Lunatic asylums Central Provinces reports 1910-1926 - 1910-1926
Year: 1910
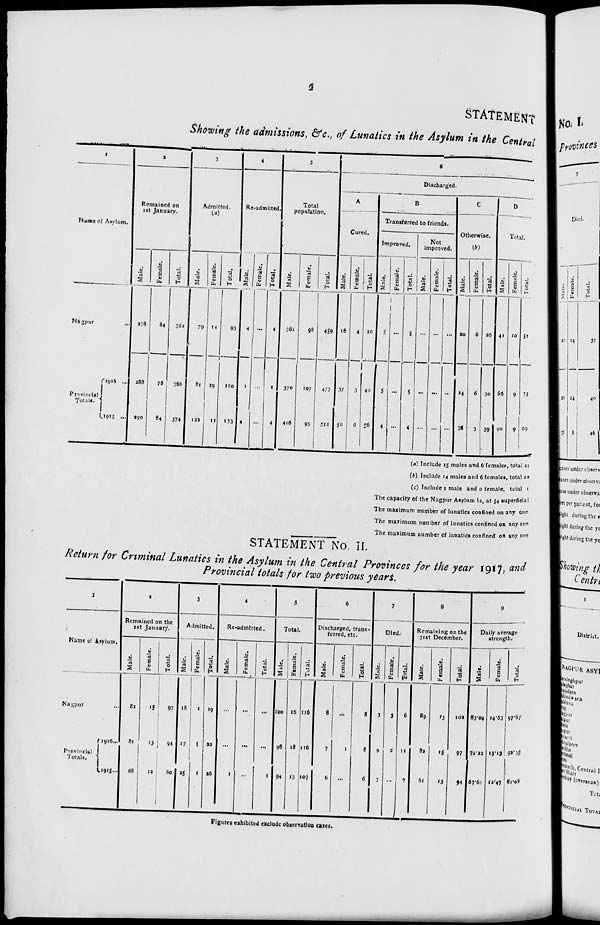
2
STATEMENT
Showing the admissions, &c., of Lunatics in the Asylum in the Central
1
Name of Asylum.
Nagpur
...
Provincial
Totals.
1916 ...
1915 ...
2
Remained on
1st January.
Male.
278
288
290
Female.
84
78
84
Total.
362
366
374
3
Admitted.
(a)
Male.
79
81
122
Female.
14
29
11
Total.
93
110
133
4
Re-admitted.
Male.
4
1
4
Female.
...
...
...
Total.
4
1
4
5
Total
population.
Male.
361
370
416
Female.
98
107
95
Total.
459
477
511
6
Discharged.
A
Cured.
Male.
16
37
50
Female.
4
3
6
Total.
20
40
56
B
Transferred to friends.
Improved.
Male.
5
5
4
Female.
...
...
...
Total.
5
5
4
Not
improved.
Male.
...
...
...
Female.
...
...
...
Total.
...
...
...
C
Otherwise.
(b)
Male.
20
24
36
Female.
6
6
3
Total.
26
30
39
D
Total.
Male.
41
66
90
Female.
10
9
9
Total.
51
75
99
(a) Include 15 males and 6 females, total 21
(b) Include 14 males and 6 females, total 20
(c) Include 1 male and 0 female, total 1
The capacity of the Nagpur Asylum is, at 54 superficial
The maximum number of lunatics confined on any one
The maximum number of lunatics confined on any one
The maximum number of lunatics confined on any one
STATEMENT No. II.
Return for Criminal Lunatics in the Asylum in the Central Provinces for the year 1917, and
Provincial totals for two previous years.
1
Name of Asylum.
Nagpur ...
Provincial
Totals.
1916 ...
1915 ...
2
Remained on the
1st January.
Male.
82
81
68
Female.
15
13
12
Total.
97
94
80
3
Admitted.
Male.
18
17
25
Female.
1
5
1
Total.
19
22
26
4
Re-admitted.
Male.
...
...
1
Female.
...
...
...
Total.
...
...
1
5
Total.
Male.
100
98
94
Female.
16
18
13
Total.
116
116
107
6
Discharged, trans-
ferred, etc.
Male.
8
7
6
Female.
...
1
...
Total.
8
8
6
7
Died.
Male.
3
9
7
Female.
3
2
...
Total.
6
11
7
8
Remaining on the
31st December.
Male.
89
82
81
Female.
13
15
13
Total.
102
97
94
9
Daily average
strength.
Male.
83.04
79.22
67.61
Female.
14.63
13.13
12.47
Total.
97.67
92.35
80.08
Figures exhibited exclude observation cases.